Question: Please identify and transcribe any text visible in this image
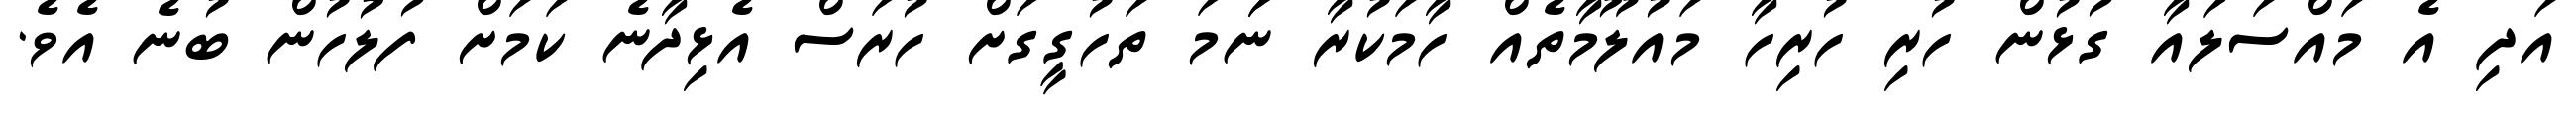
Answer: އަދި އެ މައްސަލައާ ގުޅުން ހުރި ހުރިހާ މައުލޫމާތެއް ހާމަކުރާ ނަަމަ ތަހުގީގަށް ހުރަސް އެޅިދާނެ ކަމަށް ފުލުހުން ބުނެ އެވެ.